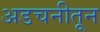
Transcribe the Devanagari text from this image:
अडचनीतून